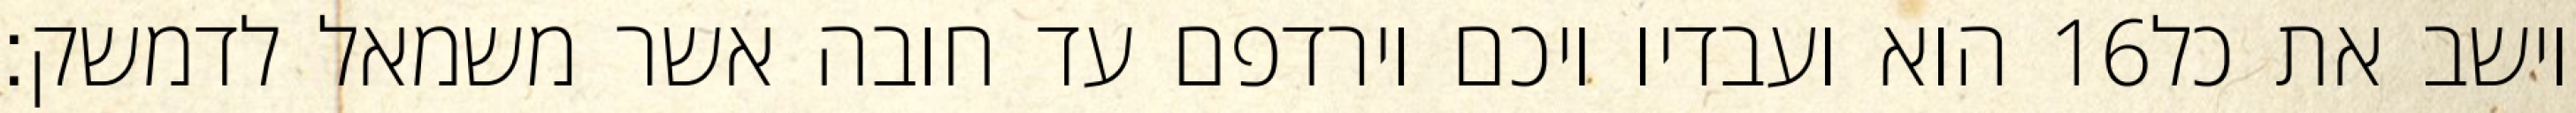
הוא ועבדיו ויכם וירדפם עד חובה אשר משמאל לדמשק׃ ‎16‏ וישב את כל